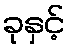
ခုနှင့်